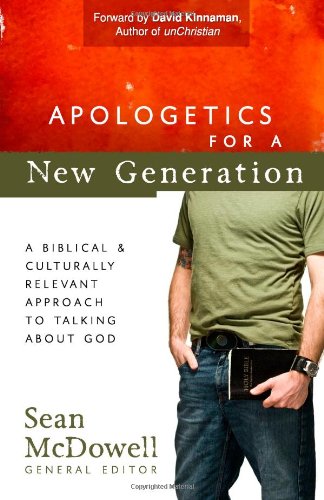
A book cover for Apologetics for a New Generation: A Biblical and Culturally Relevant Approach to Talking About God (ConversantLife.com); Sean McDowell; Christian Books & Bibles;